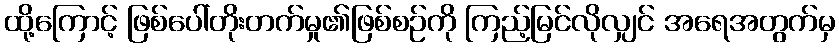
ထို့ကြောင့် ဖြစ်ပေါ်တိုးတက်မှု၏ဖြစ်စဉ်ကို ကြည့်မြင်လိုလျှင် အရေအတွက်မှ